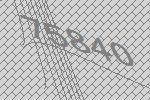
75840